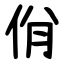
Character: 佾